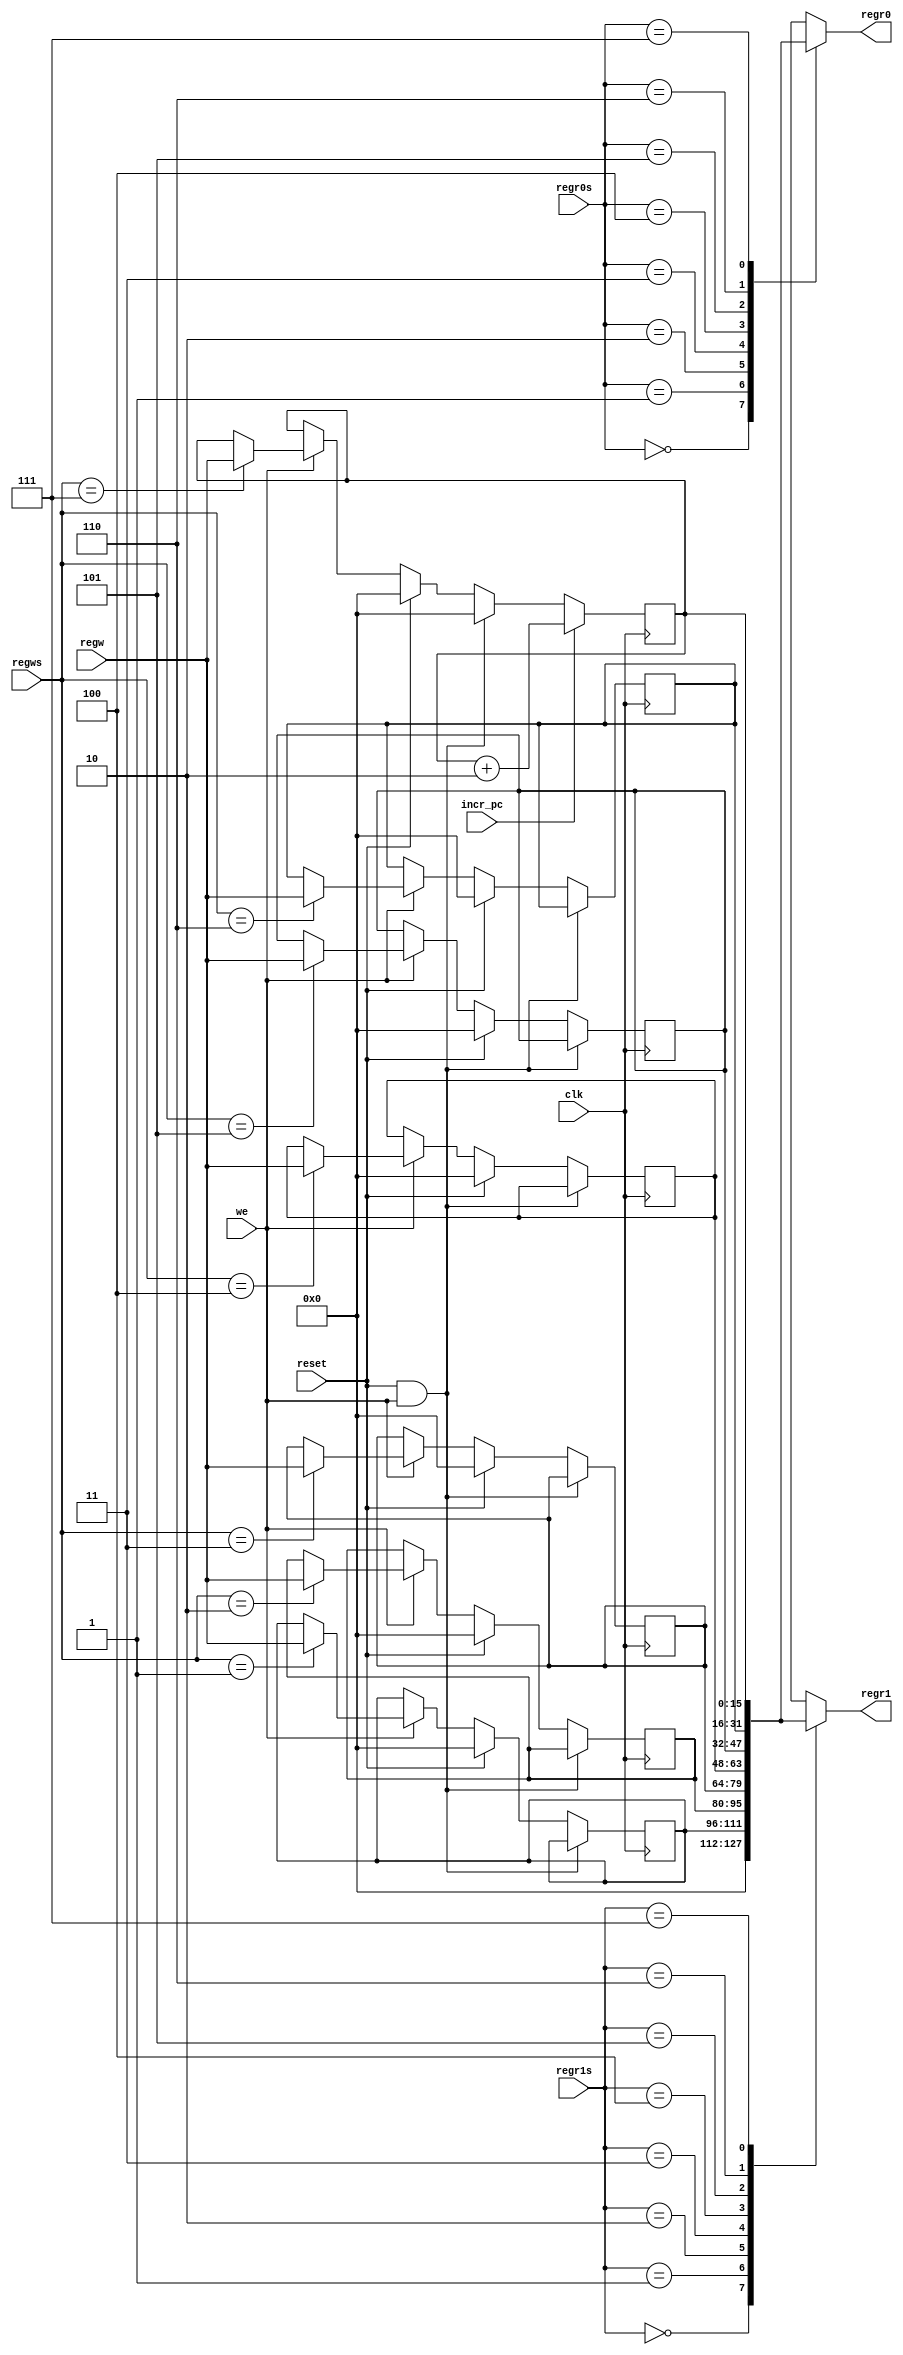
// Regfile proof of concept
//

module regfile2 (
regr0,
regr1,
regw,
regr0s,
regr1s,
regws,
we,
incr_pc,
reset,
clk
);

input [15:0] regw;
input [2:0] regr0s, regr1s, regws;
input we, clk, incr_pc, reset;
output [15:0] regr0, regr1;

reg [15:0] regr0, regr1;

reg [15:0] R1 = 0;
reg [15:0] R2 = 0;
reg [15:0] R3 = 0;
reg [15:0] R4 = 0;
reg [15:0] R5 = 0;
reg [15:0] R6 = 0;
reg [15:0] R7 = 0;

always @*
begin
	case(regr0s)
	3'b000: regr0 = 0;
	3'b001: regr0 = R1;
	3'b010: regr0 = R2;
	3'b011: regr0 = R3;
	3'b100: regr0 = R4;
	3'b101: regr0 = R5;
	3'b110: regr0 = R6;
	3'b111: regr0 = R7;
  default: regr0 = 0;
	endcase

	case(regr1s)
	3'b000: regr1 = 0;
	3'b001: regr1 = R1;
	3'b010: regr1 = R2;
	3'b011: regr1 = R3;
	3'b100: regr1 = R4;
	3'b101: regr1 = R5;
	3'b110: regr1 = R6;
	3'b111: regr1 = R7;
  default: regr1 = 0;
	endcase
end

always @(negedge clk)
begin
	if (reset && we) begin
		R7 <= 0;
	end else if (reset) begin
		R1 <= 0;
		R2 <= 0;
		R3 <= 0;
		R4 <= 0;
		R5 <= 0;
		R6 <= 0;
		R7 <= 0;
	end else if (we) begin
    case(regws)
		3'b001: R1 <= regw;
		3'b010: R2 <= regw;
		3'b011: R3 <= regw;
		3'b100: R4 <= regw;
		3'b101: R5 <= regw;
		3'b110: R6 <= regw;
		3'b111: R7 <= regw;
    endcase
  end

	if (incr_pc) begin
    R7 <= R7 + 2;
  end
end

// always @(posedge clk) begin
//   // PC should auto increment always (?)
//
// end
endmodule